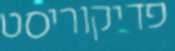
פדיקוריסט